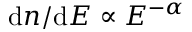
\mathrm { d } n / \mathrm { d } E \propto E ^ { - \alpha }